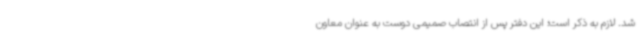
شد. لازم به ذکر است؛ این دفتر پس از انتصاب صمیمی دوست به عنوان معاون